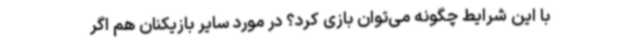
با این شرایط چگونه می‌توان بازی کرد؟ در مورد سایر بازیکنان هم اگر